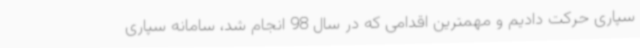
سپاری حرکت دادیم و مهمترین اقدامی که در سال 98 انجام شد، سامانه سپاری